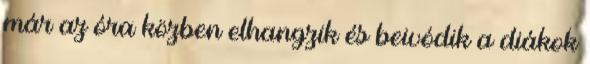
már az óra közben elhangzik és beivódik a diákok